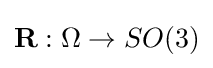
{\textbf {R}}:\Omega \rightarrow SO(3)